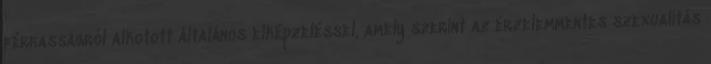
férﬁasságról alkotott általános elképzeléssel, amely szerint az érzelemmentes szexualitás